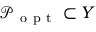
\mathcal { P } _ { \mathrm { ~ o ~ p ~ t ~ } } \subset Y